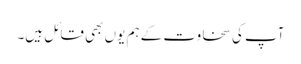
آپ کی سخاوت کے ہم یوں بھی قائل ہیں۔